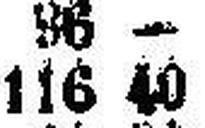
116 40